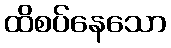
ထိစပ်နေသော